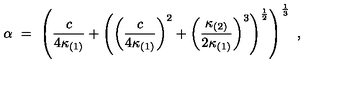
\alpha \ = \ \left( \frac { c } { 4 \kappa _ { ( 1 ) } } + \left( \left( \frac { c } { 4 \kappa _ { ( 1 ) } } \right) ^ { 2 } + \left( \frac { \kappa _ { ( 2 ) } } { 2 \kappa _ { ( 1 ) } } \right) ^ { 3 } \right) ^ { \frac { 1 } { 2 } } \right) ^ { \frac { 1 } { 3 } } \ ,